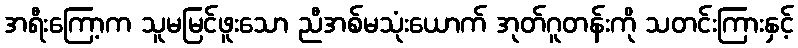
အရီးကြော့က သူမမြင်ဖူးသော ညီအစ်မသုံးယောက် အုတ်ဂူတန်းကို သတင်းကြားနှင့်